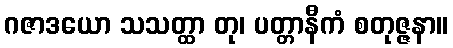
ဂဇာဒယော သသတ္ထာ တု၊ ပတ္တာနီကံ စတုဇ္ဇနာ။